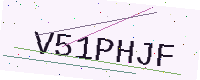
Text: V51PHJF